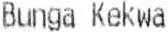
BUNGA KEKWA